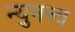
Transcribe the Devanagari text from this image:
न्युनत्त्व